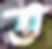
ত